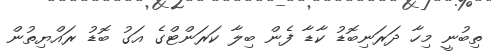
ތިބުނީ މިހާ ދަރަނިބޮޑު ކާޑާ ފެން ބިލާ ކަރަންޓްގެ އަގު ބޮޑު ރައްޔިތުން